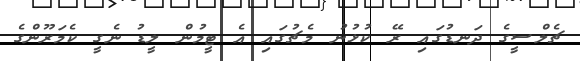
ޗެލްސީގެ ދަނޑުގައި ރޭ ކުޅުނު މެޗުގައި އެ ޓީމުން ލީޑު ނެގީ ކެމަރޫންގެ